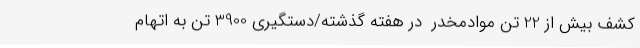
کشف بیش از 22 تن موادمخدر  در هفته گذشته/دستگیری 3900 تن به اتهام